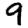
Digit: 9